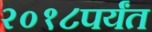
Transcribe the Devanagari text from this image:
२०१८पर्यंत